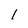
Character: 1